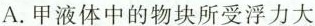
A.甲液体中的物块所受浮力大